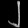
Digit: ၂